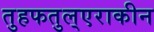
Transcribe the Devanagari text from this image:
तुहफतुल्एराकीन